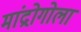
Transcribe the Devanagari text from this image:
मांद्रोगोला